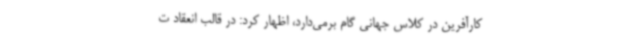
کارآفرین در کلاس جهانی گام برمی‌دارد، اظهار کرد: در قالب انعقاد ت